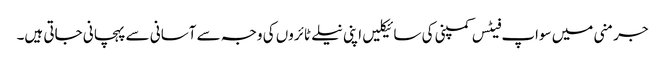
جرمنی میں سواپ فیٹس کمپنی کی سائیکلیں اپنی نیلے ٹائروں کی وجہ سے آسانی سے پہچانی جاتی ہیں۔